Indian journal of veterinary science and animal husbandry - Volume 10,
Year: 1940
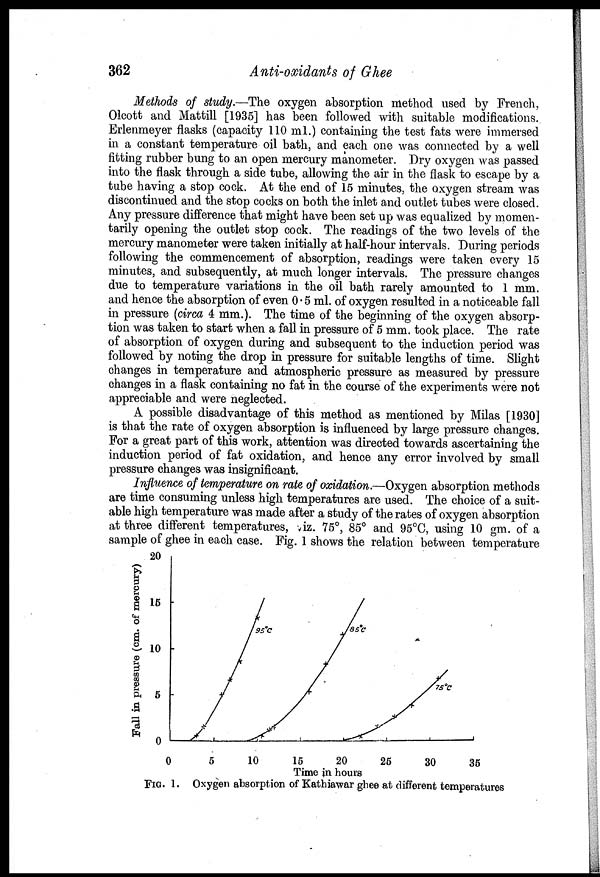
362
Anti-oxidants of Ghee
Methods of study.—The oxygen absorption method used by French,
Olcott and Mattill [1935] has been followed with suitable modifications.
Erlenmeyer flasks (capacity 110 ml.) containing the test fats were immersed
in a constant temperature oil bath, and each one was connected by a well
fitting rubber bung to an open mercury manometer. Dry oxygen was passed
into the flask through a side tube, allowing the air in the flask to escape by a
tube having a stop cock. At the end of 15 minutes, the oxygen stream was
discontinued and the stop cocks on both the inlet and outlet tubes were closed.
Any pressure difference that might have been set up was equalized by momen-
tarily opening the outlet stop cock. The readings of the two levels of the
mercury manometer were taken initially at half-hour intervals. During periods
following the commencement of absorption, readings were taken every 15
minutes, and subsequently, at much longer intervals. The pressure changes
due to temperature variations in the oil bath rarely amounted to 1 mm.
and hence the absorption of even 0.5 ml. of oxygen resulted in a noticeable fall
in pressure (circa 4 mm.). The time of the beginning of the oxygen absorp-
tion was taken to start when a fall in pressure of 5 mm. took place. The rate
of absorption of oxygen during and subsequent to the induction period was
followed by noting the drop in pressure for suitable lengths of time. Slight
changes in temperature and atmospheric pressure as measured by pressure
changes in a flask containing no fat in the course of the experiments were not
appreciable and were neglected.
A possible disadvantage of this method as mentioned by Milas [1930]
is that the rate of oxygen absorption is influenced by large pressure changes.
For a great part of this work, attention was directed towards ascertaining the
induction period of fat oxidation, and hence any error involved by small
pressure changes was insignificant.
Influence of temperature on rate of oxidation.—Oxygen absorption methods
are time consuming unless high temperatures are used. The choice of a suit-
able high temperature was made after a study of the rates of oxygen absorption
at three different temperatures, viz. 75°, 85° and 95°C, using 10 gm. of a
sample of ghee in each case. Fig. 1 shows the relation between temperature
FIG. 1. Oxygen absorption of Kathiawar ghee at different temperatures